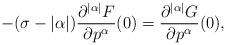
LaTeX: \begin{align*}-(\sigma-|\alpha|)\frac{\partial^{|\alpha|}F}{\partial p^\alpha}(0)=\frac{\partial^{|\alpha|}G}{\partial p^\alpha}(0),\end{align*}